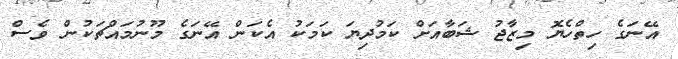
އޭނަގެ ހިތްހެޔޮ މިޒާޖު ޝަބާއަށް ކަމުދިޔަ ކަމަކު އެކަން އޭނަގެ މޫނުމައްޗަކުން ވެސް